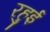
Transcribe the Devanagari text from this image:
रहुई